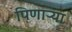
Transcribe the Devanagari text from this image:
पिणाऱ्या